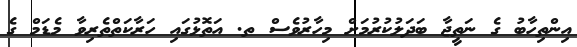
އިންތިހާބު ގެ ނަތީޖާ ބަދަލުކުރުމަށް މިހާރުވެސް ތ. އަތޮޅުގައި ހަރާކަތްތެރިވާ މެޑަމް ގެ